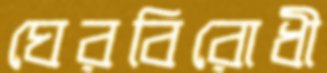
ঘেরবিরোধী